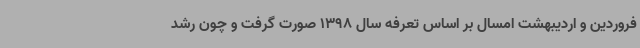
فروردین و اردیبهشت امسال بر اساس تعرفه سال 1398 صورت گرفت و چون رشد